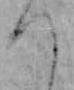
つ